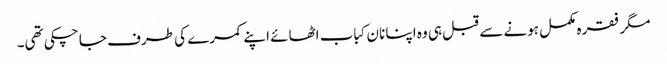
مگر فقرہ مکمل ہونے سے قبل ہی وہ اپنا نان کباب اٹھائے اپنے کمرے کی طرف جا چکی تھی۔